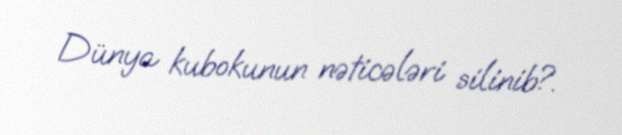
Dünya kubokunun nəticələri silinib?.